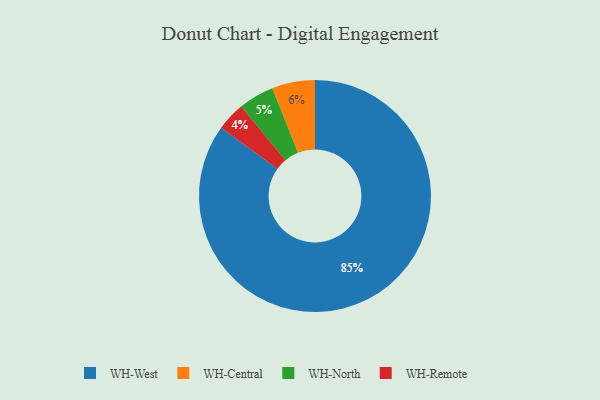
{"axis": {"x": "Category", "y": "Percentage"}, "legend": ["WH-Central", "WH-North", "WH-Remote", "WH-West"], "data": [{"x": "WH-Remote", "y": 4, "type": "WH-Remote"}, {"x": "WH-Central", "y": 6, "type": "WH-Central"}, {"x": "WH-West", "y": 85, "type": "WH-West"}, {"x": "WH-North", "y": 5, "type": "WH-North"}]}